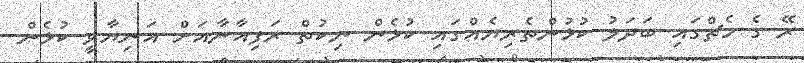
ރޭ ގެ މެޗްގައި ބަދަލު ކުޅުންތެރިޔެއްގައި ކުޅެން ނިކުތް ރަފިއާނާއަށް އަނިޔާވީ ކުޅެން